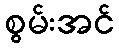
စွမ်းအင်